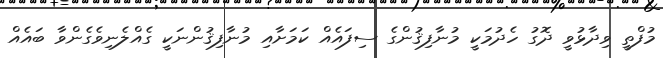
މުފްތީ ވިދާޅުވީ ދޮގު ހެދުމަކީ މުނާފިޤުންގެ ސިފައެއް ކަމަށާއި މުނާފިޤުންނަކީ ގެއްލެނިވެގެންވާ ބައެއް